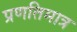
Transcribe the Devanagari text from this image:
प्रणतिमात्र